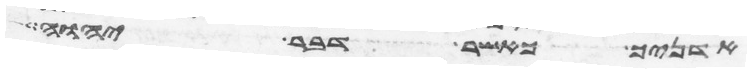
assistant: אדניך כאשר דבר יהוה